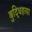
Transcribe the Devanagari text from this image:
बुद्धिहत्या